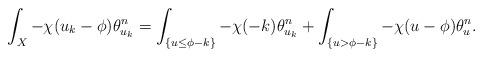
LaTeX: \begin{align*}\int_X-\chi(u_{k}-\phi)\theta_{u_{k}}^n=\int_{\{u\leq\phi-k\}}-\chi(-k)\theta_{u_{k}}^n+\int_{\{u>\phi-k\}}-\chi(u-\phi)\theta_{u}^n.\end{align*}